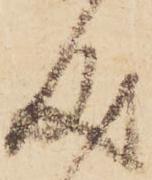
成